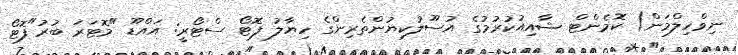
ނިވްހިލްމަން) ކޮމެންޓް ޝާއިއުކުރުމުގެ އުސޫލުކިޔުންތެރިންގެ ހިޔާލު ފޮޓޯ ސްޓޯރީ: އައްޑޫ "މޮޓަރަ ބުރު"ފޮޓޯ